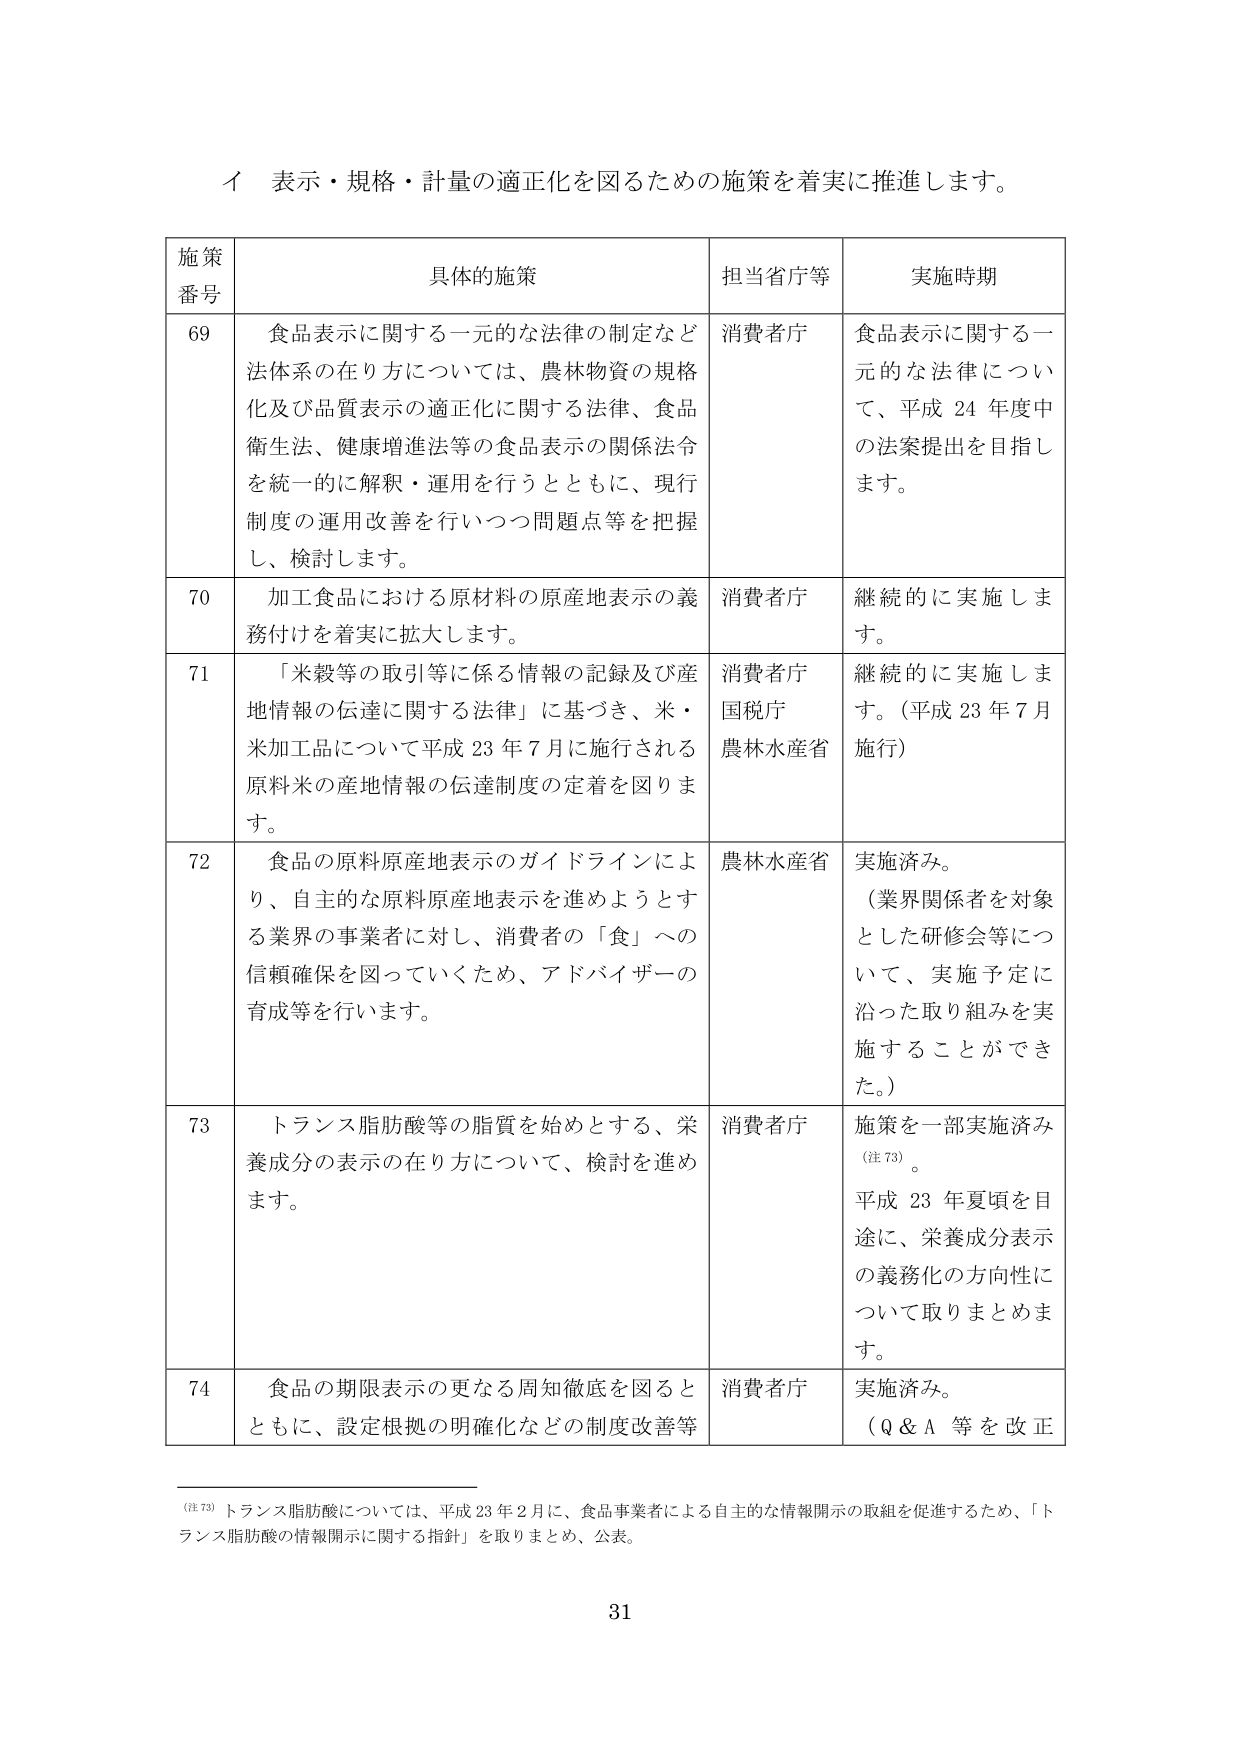
イ 表示・規格・計量の適正化を図るための施策を着実に推進します。

施策
番号	具体的施策	担当省庁等	実施時期
69	食品表示に関する一元的な法律の制定など法体系の在り方については、農林物資の規格化及び品質表示の適正化に関する法律、食品衛生法、健康増進法等の食品表示の関係法令を統一的に解釈・運用を行うとともに、現行制度の運用改善を行いつつ問題点等を把握し、検討します。	消費者庁	食品表示に関する一元的な法律について、平成24年度中の法案提出を目指します。
70	加工食品における原材料の原産地表示の義務付けを着実に拡大します。	消費者庁	継続的に実施します。
71	「米穀等の取引等に係る情報の記録及び産地情報の伝達に関する法律」に基づき、米・米加工品について平成23年7月に施行される原料米の産地情報の伝達制度の定着を図ります。	消費者庁
国税庁
農林水産省	継続的に実施します。（平成23年7月施行）
72	食品の原料原産地表示のガイドラインにより、自主的な原料原産地表示を進めようとする業界の事業者に対し、消費者の「食」への信頼確保を図っていくため、アドバイザーの育成等を行います。	農林水産省	実施済み。
（業界関係者を対象とした研修会等について、実施予定に沿った取り組みを実施することができた。）
73	トランス脂肪酸等の脂質を始めとする、栄養成分の表示の在り方について、検討を進めます。	消費者庁	施策を一部実施済み（注73）。
平成23年夏頃を目途に、栄養成分表示の義務化の方向性について取りまとめます。
74	食品の期限表示の更なる周知徹底を図るとともに、設定根拠の明確化などの制度改善等	消費者庁	実施済み。
（Q＆A等を改正

（注73）トランス脂肪酸については、平成23年2月に、食品事業者による自主的な情報開示の取組を促進するため、「トランス脂肪酸の情報開示に関する指針」を取りまとめ、公表。

31